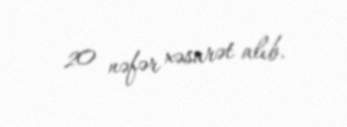
20 nəfər xəsarət alıb.